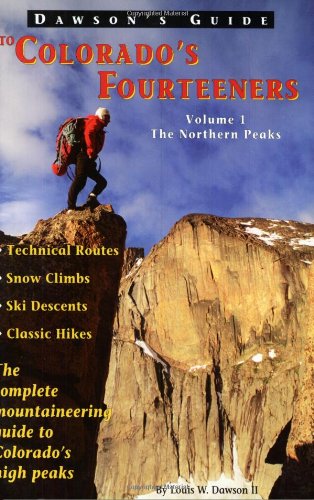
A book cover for Dawson's Guide to Colorado's Fourteeners, Vol. 1: The Northern Peaks; Louis W.; Sports & Outdoors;